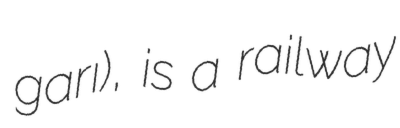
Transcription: garı), is a railway